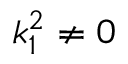
k _ { 1 } ^ { 2 } \neq 0